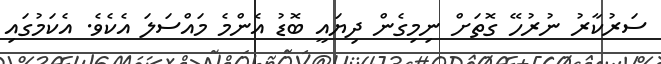
ސަރުކާރު ނުރުހޭ ގޮތަށް ނިމިގެން ދިޔައީ ބޮޑު އެންމެ މައްސަލަ އެކެވެ. އެކަމުގައި